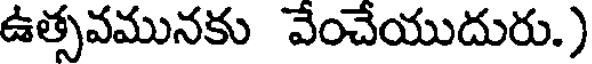
ఉత్సవమునకు వేంచేయుదురు.)